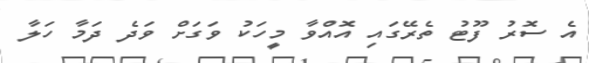
އެ ސޮރު ފޫޓު ތެރޭގައި އޮއްވާ މީހަކު ވަގަށް ވަދެ ދަމާ ހަލާ